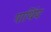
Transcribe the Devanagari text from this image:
पार्थिय